Leaving Certificate Examination, 1919, 1919
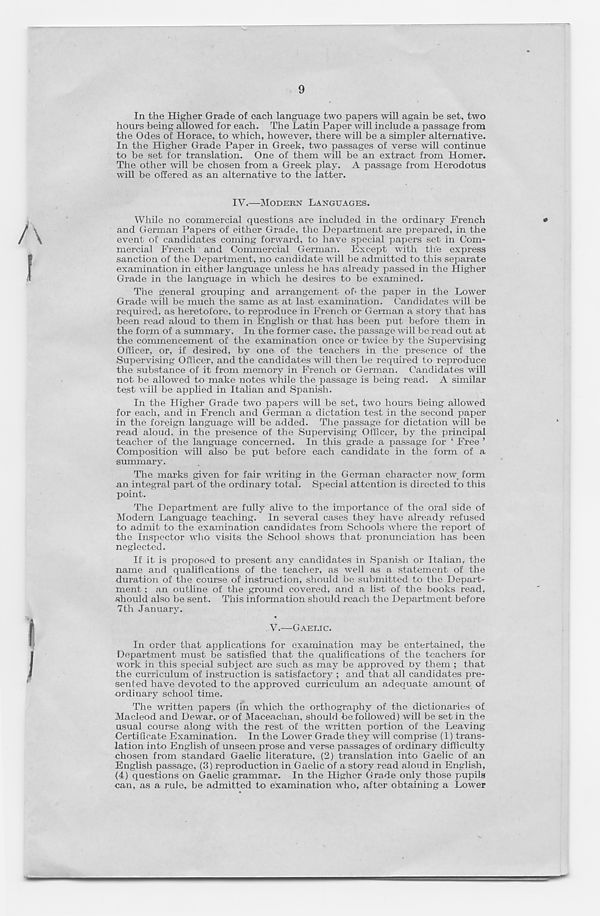
9
In the Higher Grade of each language two papers will again be set, two
hours being allowed for each. The Latin Paper will include a passage from
the Odes of Horace, to which, however, there will be a simpler alternative.
In the Higher Grade Paper in Greek, two passages of verse will continue
to be set for translation. One of them will be an extract from Homer.
The other will be chosen from a Greek play. A passage from Herodotus
will be offered as an alternative to the latter.
IV.—MODERN LANGUAGES.
While no commercial questions are included in the ordinary French
and German Papers of either Grade, the Department are prepared, in the
event of candidates coming forward, to have special papers set in Com-
mercial French and Commercial German. Except with the express
sanction of the Department, no candidate will be admitted to this separate
examination in either language unless he has already passed in the Higher
Grade in the language in which he desires to be examined.
The general grouping and arrangement of' the paper in the Lower
Grade will be much the same as at last examination. Candidates will be
required, as heretofore, to reproduce in French or German a story that has
been read aloud to them in English or that has been put before them in
the form of a summary. In the former case, the passage will be read out at
the commencement of the examination once or twice by the Supervising
Officer, or, if desired, by one of the teachers in the presence of the
Supervising Officer, and the candidates will then be required to reproduce
the substance of it from memory in French or German. Candidates will
not be allowed to make notes while the passage is being read. A similar
test will be applied in Italian and Spanish.
In the Higher Grade two papers will be set, two hours being allowed
for each, and in French and German a dictation test in the second paper
in the foreign language will be added. The passage for dictation will be
read aloud, in the presence of the Supervising Officer, by the principal
teacher of the language concerned. In this grade a passage for ‘ Free ’
Composition will also be put before each candidate in the form of a
summary.
The marks given for fair writing in the German character now, form
an integral part of the ordinary total. Special attention is directed to this
point.
The Department are fully alive to the importance of the oral side of
Modern Language teaching. In several cases they have already refused
to admit to the examination candidates from Schools where the report of
the Inspector who visits the School shows that pronunciation has been
neglected.
If it is proposed to present any candidates in Spanish or Italian, the
name and qualifications of the teacher, as well as a statement of the
duration of the course of instruction, should be submitted to the Depart-
ment ; an outline of the ground covered, and a list of the books read,
-should also be sent. This information should reach the Department before
7th January.
V.—GAELIC.
In order that applications for examination may be entertained, the
Department must be satisfied that the qualifications of the teachers for
work in this special subject are such as may be approved by them ; that
the curriculum of instruction is satisfactory ; and that all candidates pre-
sented have devoted to the approved curriculum an adequate amount of
ordinary school time.
The written papers (in which the orthography of the dictionaries of
Macleod and Dewar, or of Maceachan, should be followed) will be set in the
usual course along with the rest of the written portion of the Leaving
Certificate Examination. In the Lower Grade they will comprise (1) trans-
lation into English of unseen prose and verse passages of ordinary difficulty
chosen from standard Gaelic literature, (2) translation into Gaelic of an
English passage, (3) reproduction in Gaelic of a story read aloud in English,
(4) questions on Gaelic grammar. In the Higher Grade only those pupils
can, as a rule, be admitted to examination v T ho, after obtaining a Lower